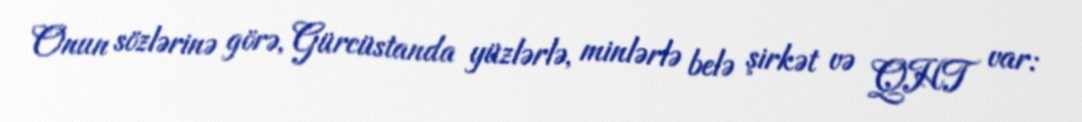
Onun sözlərinə görə, Gürcüstanda yüzlərlə, minlərlə belə şirkət və QHT var: